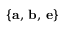
\{ \mathbf { a } , \, \mathbf { b } , \, { \mathbf e } \}